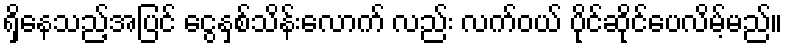
ရှိနေသည့်အပြင် ငွေနှစ်သိန်းလောက် လည်း လက်ဝယ် ပိုင်ဆိုင်ပေလိမ့်မည်။